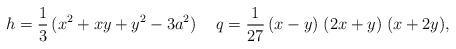
LaTeX: \begin{align*}h=\frac{1}{3}\, (x^{2} + xy + y^{2} - 3 a^{2}) \hspace{0.5cm}q=\frac{1}{27}\, (x-y)\; (2x+y)\; (x+2y),\end{align*}